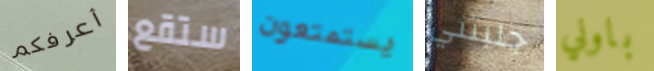
أعرفكم ستقع يستمتعون جلبتني باوني